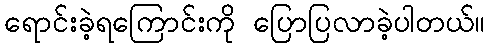
ရောင်းခဲ့ရကြောင်းကို ပြောပြလာခဲ့ပါတယ်။